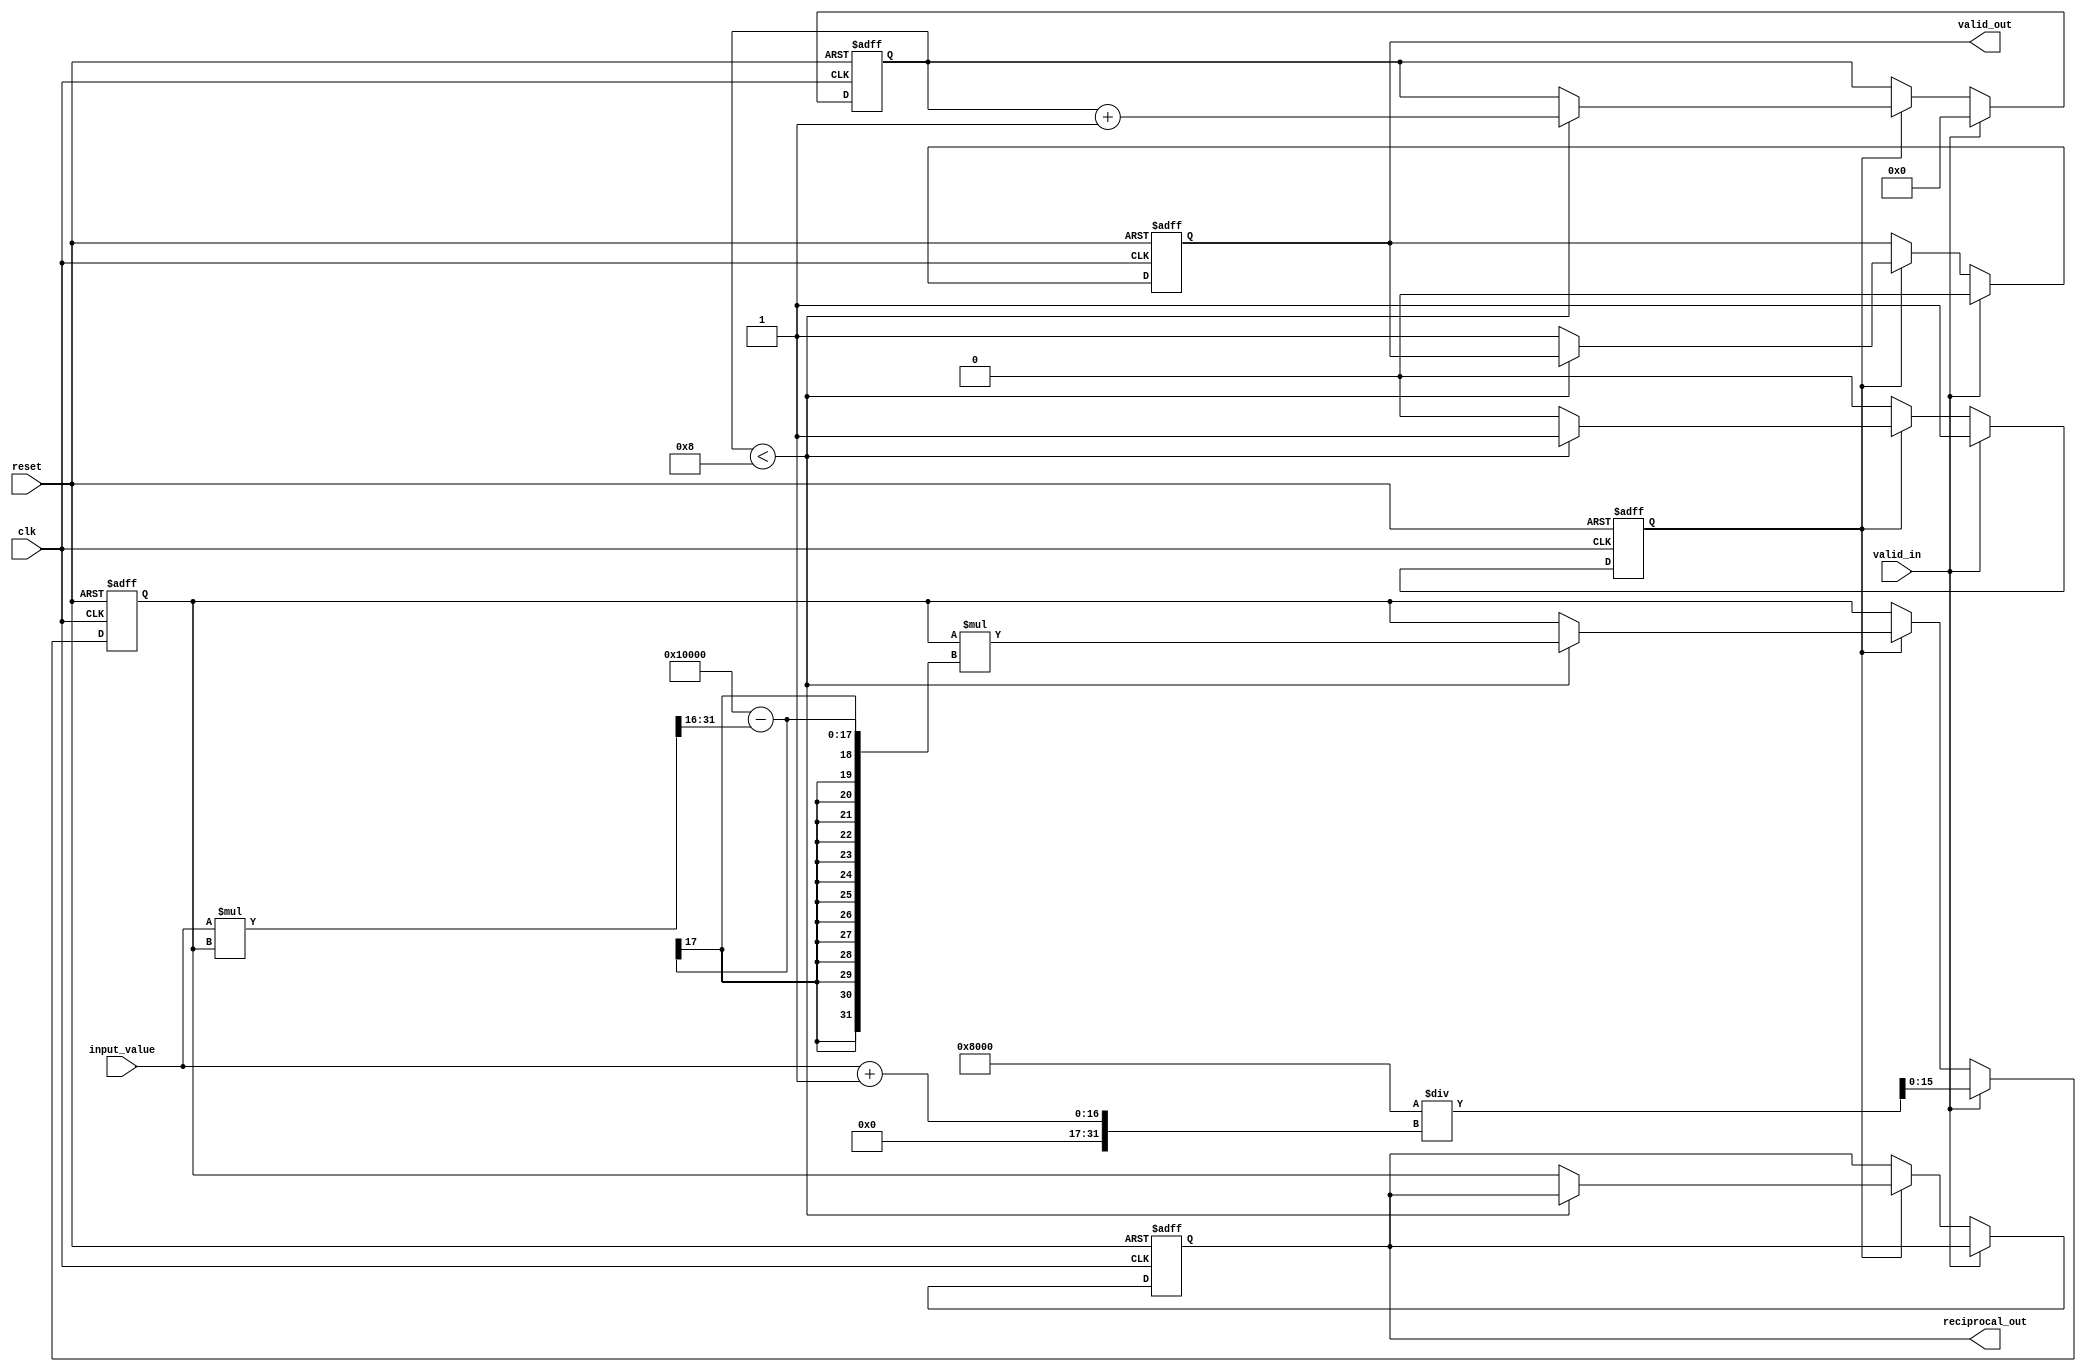
module iterative_reciprocal #
(
    parameter WIDTH = 16,              // Width of input and output data
    parameter MAX_ITER = 8             // Maximum iterations for convergence
)
(
    input wire clk,
    input wire reset,
    input wire valid_in,
    input wire [WIDTH-1:0] input_value, // Input number (fixed-point)
    
    output reg valid_out,
    output reg [WIDTH-1:0] reciprocal_out // Output reciprocal
);

// Internal signals
reg [WIDTH-1:0] estimate;
reg [3:0] iteration_count;
reg is_valid;

always @(posedge clk or posedge reset) begin
    if (reset) begin
        valid_out <= 1'b0;
        reciprocal_out <= {WIDTH{1'b0}};
        estimate <= {WIDTH{1'b0}};
        iteration_count <= 4'b0;
        is_valid <= 1'b0;
    end else begin
        if (valid_in) begin
            // Initial estimate for 1/x (using simple approximation)
            // For example, 1/x can be approximated as 1/(x*2^n) where n is some power.
            // Here, we simply take the reciprocal as 1/(input_value >> 1) for initial guess.
            estimate <= (1 << (WIDTH-1)) / (input_value + 1'b1); // Avoid divide by zero
            iteration_count <= 4'b0;
            valid_out <= 1'b0;
            is_valid <= 1'b1;
        end else if (is_valid) begin
            // Iterative computation using Newton-Raphson method
            // Next estimate = estimate * (2 - input_value * estimate)
            if (iteration_count < MAX_ITER) begin
                estimate <= estimate * ((1 << WIDTH) - (input_value * estimate >> WIDTH));
                iteration_count <= iteration_count + 1;
            end else begin
                // Final output
                reciprocal_out <= estimate;
                valid_out <= 1'b1;
                is_valid <= 1'b0; // Clear valid state
            end
        end
    end
end

endmodule